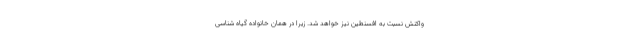
واکنش نسبت به افسنطین نیز خواهد شد. زیرا در همان خانواده گیاه شناسی